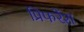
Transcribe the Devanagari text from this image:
प्रिफरेंश